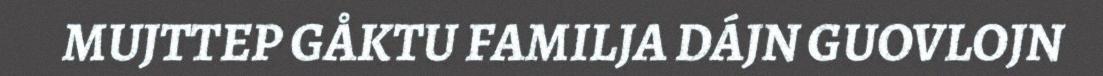
MUJTTEP GÅKTU FAMILJA DÁJN GUOVLOJN